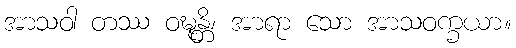
အာသဝါ တဿ ဝဍ္ဎုန္တိ၊ အာရာ သော အာသဝက္ခယာ။